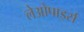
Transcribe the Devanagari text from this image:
लेओपार्ड्स